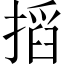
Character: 搯